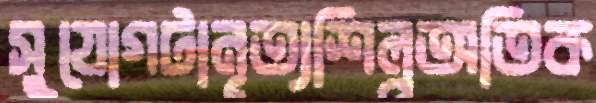
সুযোগটানৃত্যশিল্পঅতিক